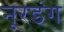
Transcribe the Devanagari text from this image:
नूरडंग